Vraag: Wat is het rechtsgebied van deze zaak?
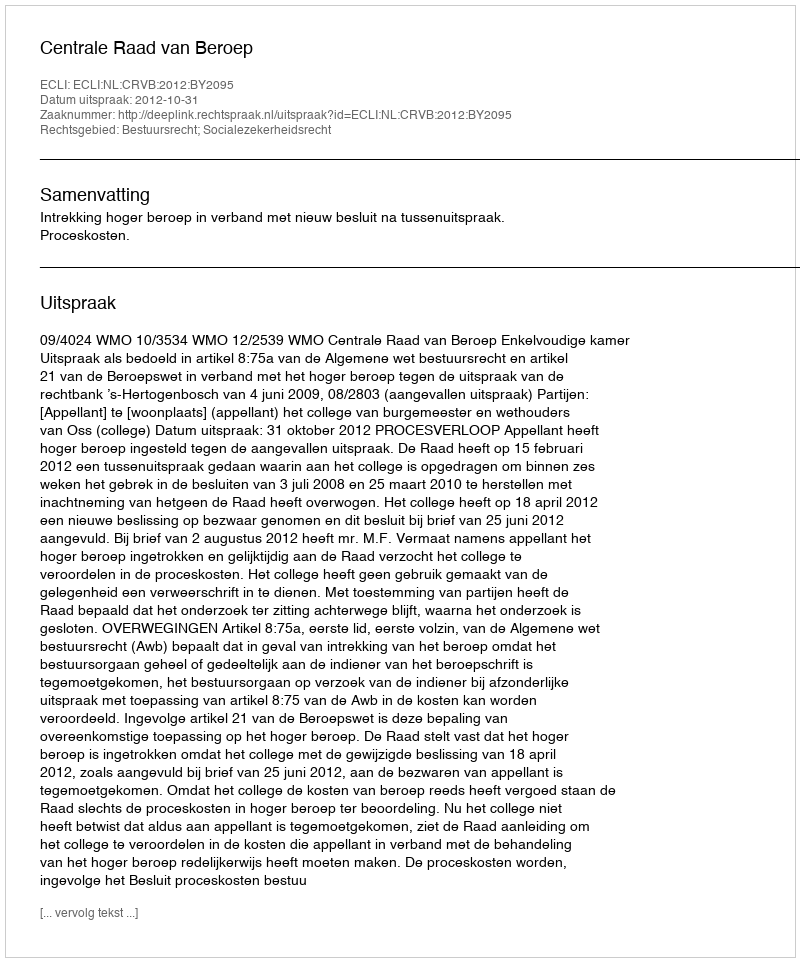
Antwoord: Bestuursrecht; Socialezekerheidsrecht